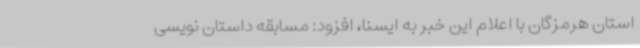
استان هرمزگان با اعلام این خبر به ایسنا، افزود: مسابقه داستان نویسی